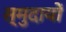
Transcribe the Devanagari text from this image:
स्मुदायों